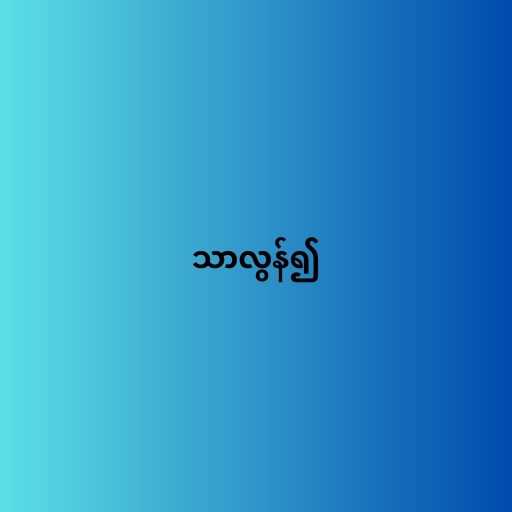
သာလွန်၍